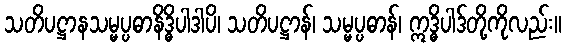
သတိပဋ္ဌာနသမ္မပ္ပဓာနိဒ္ဓိပါဒါပိ၊ သတိပဋ္ဌာန်၊ သမ္မပ္ပဓာန်၊ ဣဒ္ဓိပါဒ်တို့ကိုလည်း။